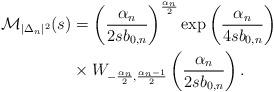
LaTeX: \begin{align*}\mathcal{M}_{|\Delta_n|^2}(s) & = \left(\frac{\alpha_n}{2sb_{0,n}}\right)^{\frac{\alpha_n}{2}}\exp\left(\frac{\alpha_n}{4sb_{0,n}}\right)\\& \times W_{-\frac{\alpha_n}{2}, \frac{\alpha_n-1}{2}}\left(\frac{\alpha_n}{2sb_{0,n}}\right).\end{align*}